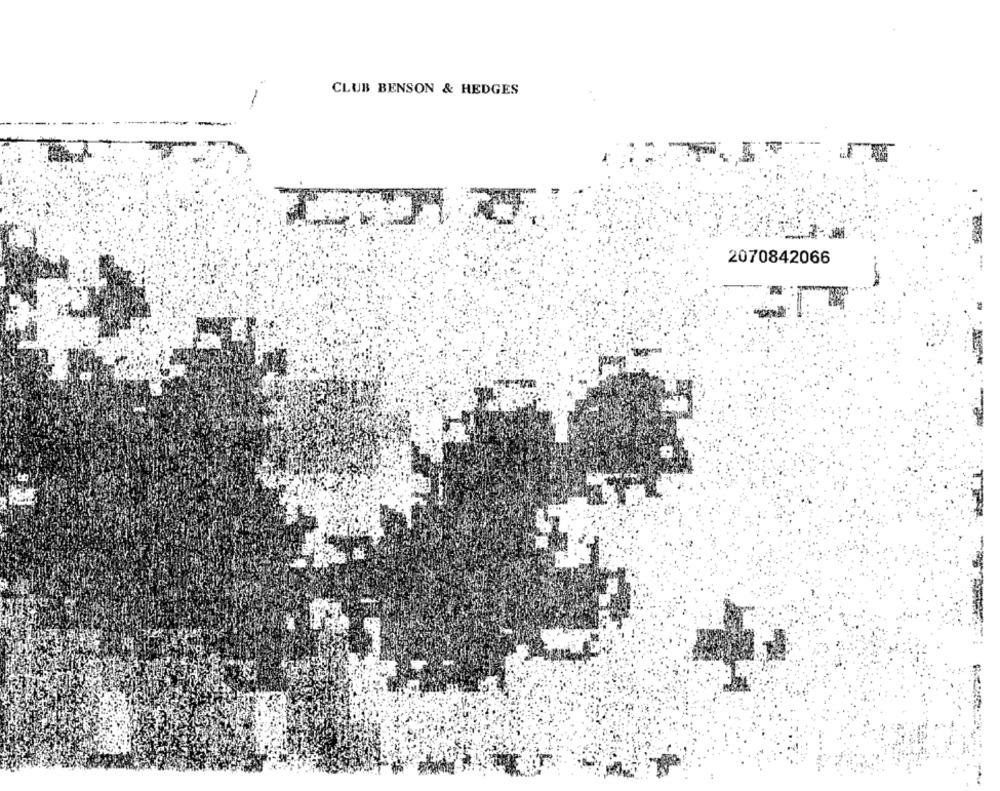
CLUB BENSON & HEDGES
-
2070842066